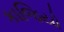
કાજિયો